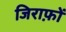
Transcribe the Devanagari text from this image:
जिराफ़ों